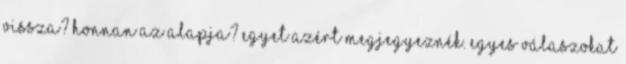
vissza? Honnan az alapja? Egyet azért megjegyeznék. Egyes válaszokat